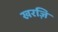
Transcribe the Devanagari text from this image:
खरज़ि